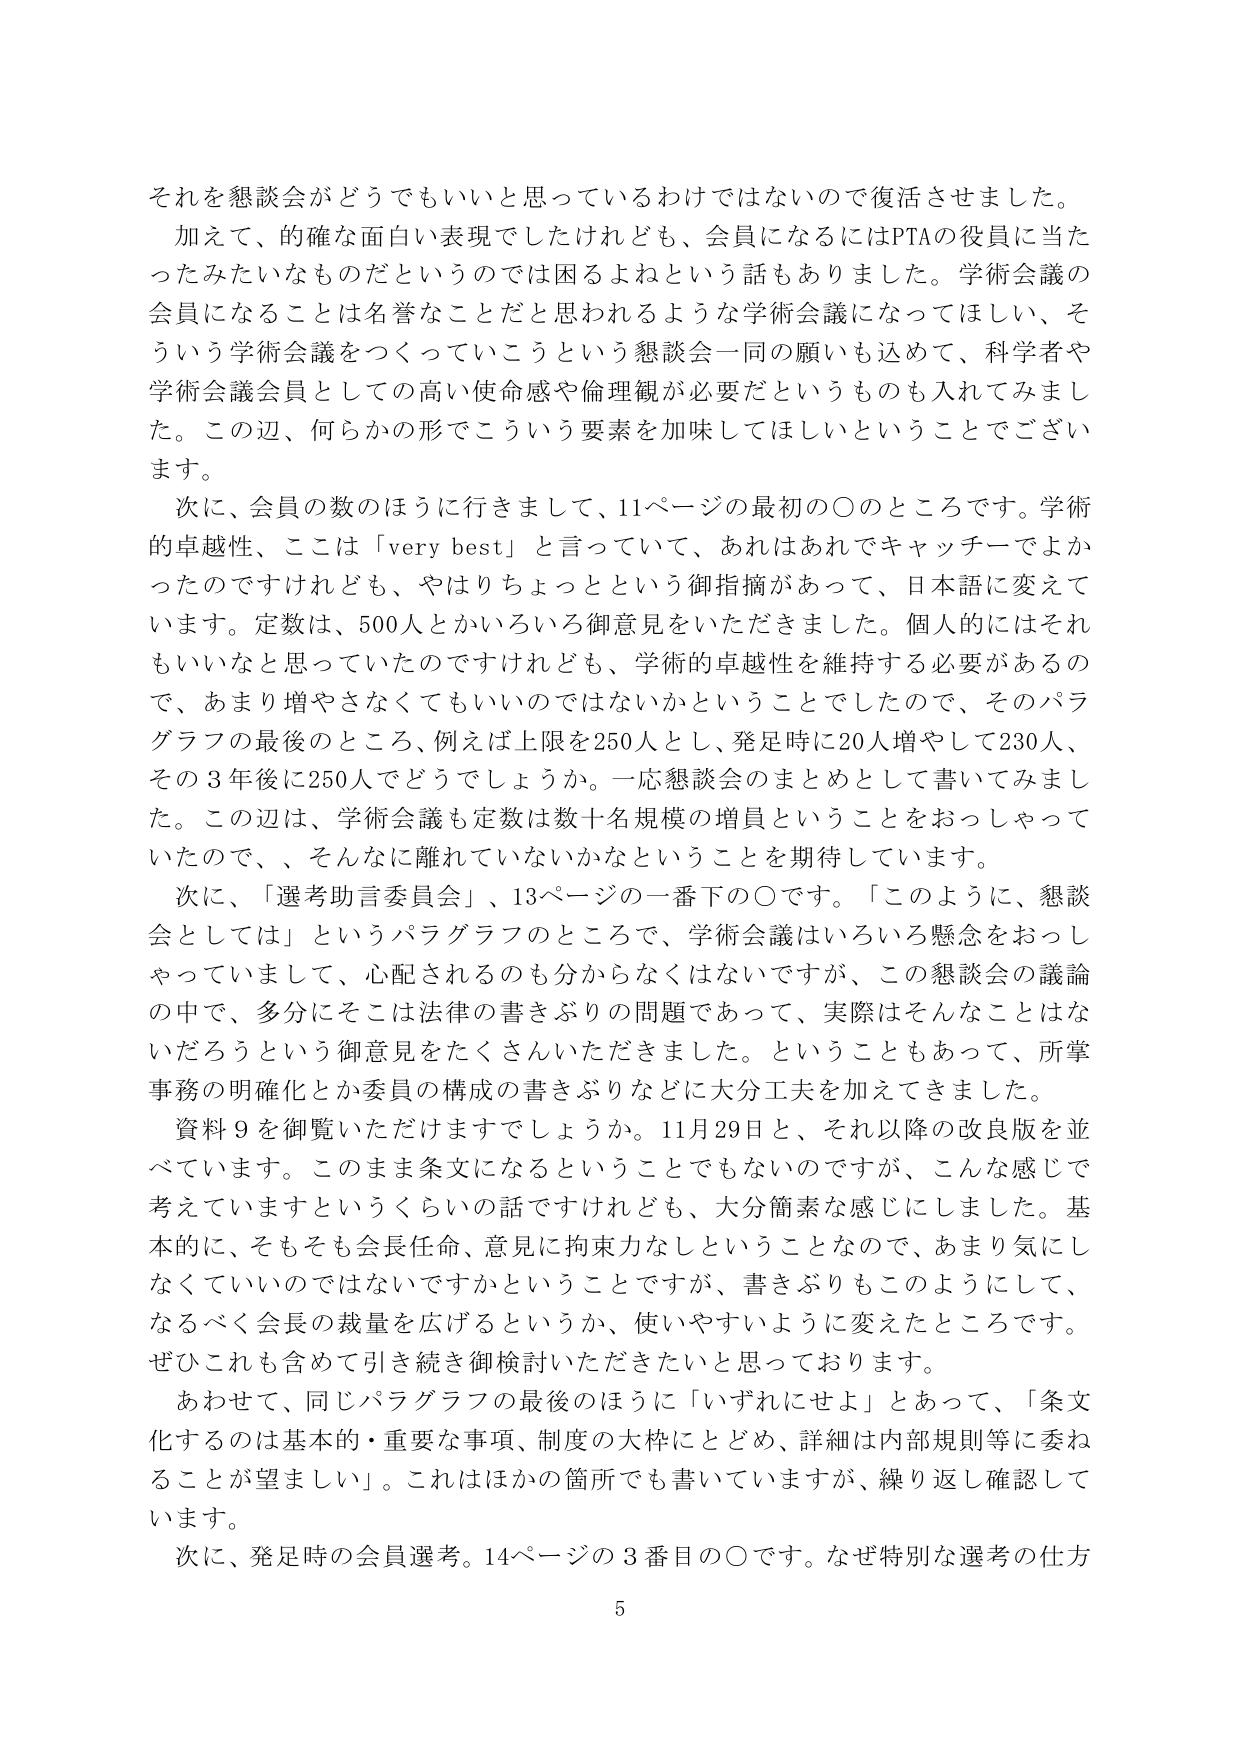
それを懇談会がどうでもいいと思っているわけではないので復活させました。
加えて、的確な面白い表現でしたけれども、会員になるにはPTAの役員に当たったみたいなものだというのでは困るよねという話もありました。学術会議の会員になることは名誉なことだとと思われるような学術会議になってほしい、そういう学術会議をつくっていこうという懇談会一同の願いも込めて、科学者や学術会議会員としての高い使命感や倫理観が必要だというのも入れてみました。この辺、何らかの形でこういう要素を加味してほしいということでございます。
次に、会員の数のほうに行きまして、11ページの最初の〇のところです。学術的卓越性、ここは「very best」と言っていて、あれはあれでキャッチーでよかったのですけれども、やはりちょっとという御指摘があって、日本語に変えていきます。定数は、500人とかいろいろ御意見をいただきました。個人的にはそれもいいなと思っていたのですけれども、学術的卓越性を維持する必要があるので、あまり増やさなくてもいいのではないかということでしたので、そのパラグラフの最後のところ、例えば上限を250人とし、発足時に20人増やして230人、その3年後に250人でどうでしょうか。一応懇談会のまとめとして書いてみました。この辺は、学術会議も定数は数十名規模の増員ということをおっしゃっていたので、そんなに離れていないかなということを期待しています。
次に、「選考助言委員会」、13ページの一番下の〇です。「このように、懇談会としては」というパラグラフのところで、学術会議はいろいろ懸念をおっしゃっていますし、心配されるのも分からなくはないですが、この懇談会の議論の中で、多分にそこは法律の書きぶりの問題であって、実際はそんなことはないだろうという御意見をたくさんいただきました。ということもあって、所掌事務の明確化とか委員の構成の書きぶりなどに大分工夫を加えてきました。
資料9を御覧いただけますでしょうか。11月29日と、それ以降の改良版を並べています。このまま条文になるということでもないのですが、こんな感じで考えていますというくらいの話ですけれども、大分簡素な感じにしました。基本的に、そもそも会長任命、意見に拘束力なしということなので、あまり気にしなくていいのではないかということですが、書きぶりもこのようにして、なるべく会長の裁量を広げるというか、使いやすいように変えたところです。ぜひこれも含めて引き続き御検討いただきたいと思っております。
あわせて、同じパラグラフの最後のほうに「いずれにせよ」とあって、「条文化するのは基本的・重要な事項、制度の大枠にとどめ、詳細は内部規則等に委ねることが望ましい」。これはほかの箇所でも書いていますが、繰り返し確認しています。
次に、発足時の会員選考。14ページの3番目の〇です。なぜ特別な選考の仕方
5